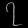
Digit: ၇